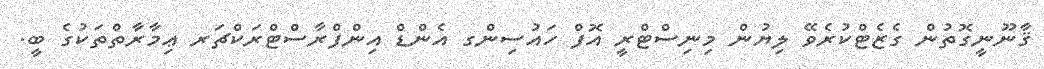
ޤާނޫނީގޮތުން ގެޒެޓްކުރެވޭ ލިޔުން މިނިސްޓްރީ އޮފް ހައުސިންގ އެންޑް އިންފްރާސްޓްރަކްޗަރ ޢިމާރާތްތަކުގެ ބީ.